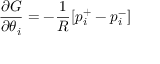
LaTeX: { \frac { \partial { G } } { \partial { \theta _ { i } } } } = - { \frac { 1 } { R } } [ p _ { i } ^ { + } - p _ { i } ^ { - } ]